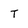
Character: T